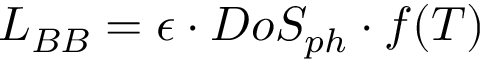
L _ { B B } = \epsilon \cdot D o S _ { p h } \cdot f ( T )